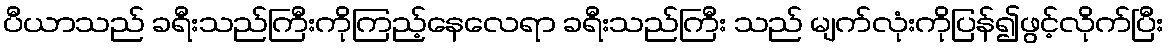
ပီယာသည် ခရီးသည်ကြီးကိုကြည့်နေလေရာ ခရီးသည်ကြီး သည် မျက်လုံးကိုပြန်၍ဖွင့်လိုက်ပြီး